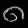
Digit: ၈